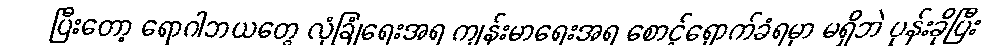
ပြီးတော့ ရောဂါဘယတွေ လုံခြုံရေးအရ ကျန်းမာရေးအရ စောင့်ရှောက်ခံရမှာ မရှိဘဲ ပုန်းခိုပြီး